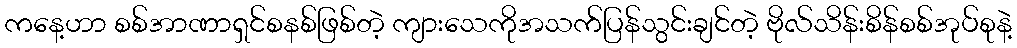
ကနေ့ဟာ စစ်အာဏာရှင်စနစ်ဖြစ်တဲ့ ကျားသေကိုအသက်ပြန်သွင်းချင်တဲ့ ဗိုလ်သိန်းစိန်စစ်အုပ်စုနဲ့